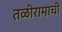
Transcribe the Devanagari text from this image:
तळीरामाची